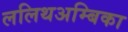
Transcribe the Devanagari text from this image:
ललिथअम्बिका